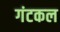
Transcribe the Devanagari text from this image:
गंटकल